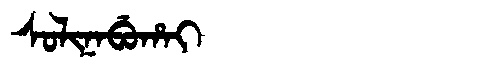
Manchu: ᠰᠣᠯᡳᠨᠠᠪᡠᡥᠠᡳ
Romanization: SOLINABUHAI